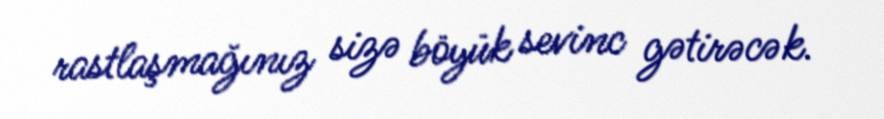
rastlaşmağınız sizə böyük sevinc gətirəcək.